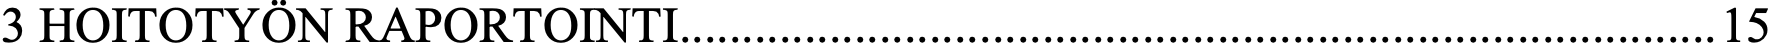
3 HOITOTYÖN RAPORTOINTI................................................................................... 15